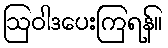
ဩဝါဒပေးကြရန်။